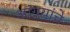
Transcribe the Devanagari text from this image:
आंग्रय़ांचे